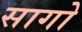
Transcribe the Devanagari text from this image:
सागो